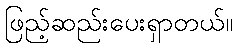
ဖြည့်ဆည်းပေးရှာတယ်။